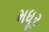
મધૂર